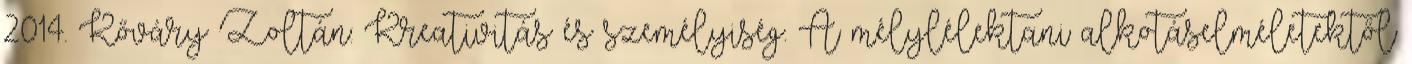
2014. Kőváry Zoltán: Kreativitás és személyiség. A mélylélektani alkotáselméletektől